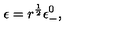
\epsilon = r ^ { \frac { 1 } { 2 } } \epsilon _ { - } ^ { 0 } ,